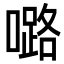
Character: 𡀔